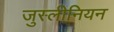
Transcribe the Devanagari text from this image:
जुस्लीनियन